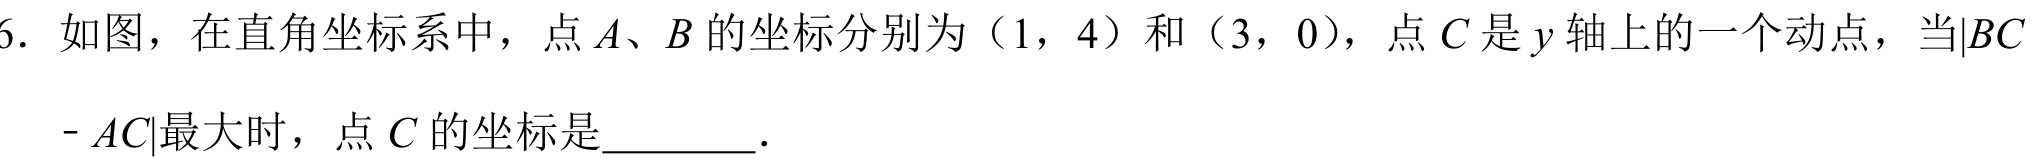
6. 如图，在直角坐标系中，点\(A\)、\(B\)的坐标分别为\((1,4)\)和\((3,0)\)，点\(C\)是\(y\)轴上的一个动点，当\(\vert BC - AC\vert\)最大时，点\(C\)的坐标是  ．